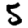
Digit: 5